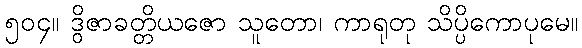
၅၀၄။ ဒွိဇာခတ္တိယဇော သူတော၊ ကာရုတု သိပ္ပိကောပုမေ။